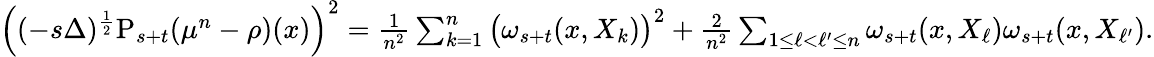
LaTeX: \begin{array}{r}{\Big((-s\Delta)^{\frac{1}{2}}\mathrm{P}_{s+t}(\mu^{n}-\rho)(x)\Big)^{2}=\frac{1}{n^{2}}\sum_{k=1}^{n}\big(\omega_{s+t}(x,X_{k})\big)^{2}+\frac{2}{n^{2}}\sum_{1\leq\ell<\ell^{\prime}\leq n}\omega_{s+t}(x,X_{\ell})\omega_{s+t}(x,X_{\ell^{\prime}}).}\end{array}